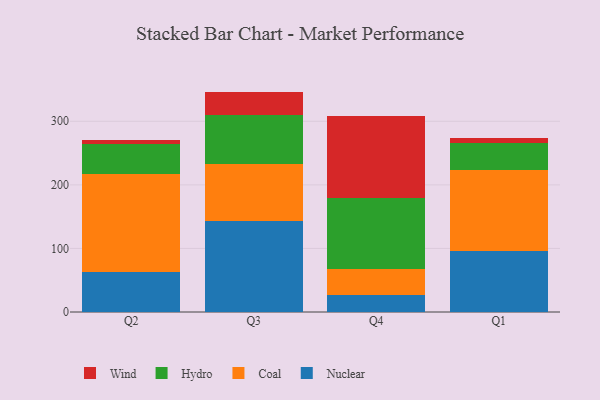
{"axis": {"x": "Quarter", "y": "Bounce Rate (%)"}, "legend": ["Coal", "Hydro", "Nuclear", "Wind"], "data": [{"x": "Q2", "y": 63.2, "type": "Nuclear"}, {"x": "Q2", "y": 154.3, "type": "Coal"}, {"x": "Q2", "y": 46.0, "type": "Hydro"}, {"x": "Q2", "y": 7.5, "type": "Wind"}, {"x": "Q3", "y": 143.8, "type": "Nuclear"}, {"x": "Q3", "y": 89.0, "type": "Coal"}, {"x": "Q3", "y": 76.6, "type": "Hydro"}, {"x": "Q3", "y": 37.3, "type": "Wind"}, {"x": "Q4", "y": 26.3, "type": "Nuclear"}, {"x": "Q4", "y": 41.5, "type": "Coal"}, {"x": "Q4", "y": 111.7, "type": "Hydro"}, {"x": "Q4", "y": 129.1, "type": "Wind"}, {"x": "Q1", "y": 95.9, "type": "Nuclear"}, {"x": "Q1", "y": 128.0, "type": "Coal"}, {"x": "Q1", "y": 41.3, "type": "Hydro"}, {"x": "Q1", "y": 7.8, "type": "Wind"}]}